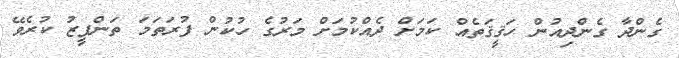
ގެންދާ ގެންދިއުން ހަޤީޤަތެއް ކަމަށް ދެއްކުމަށް މަރުގެ ހުކުން ފުރަތަމަ ތަންފީޒު ކުރެވޭ